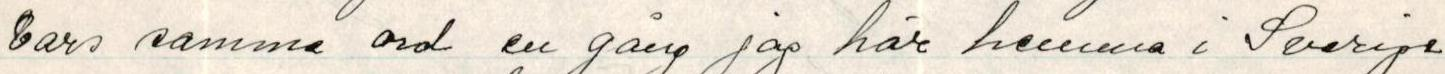
vars samma ord en gång jag här hemma i Sverige